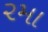
૨મા